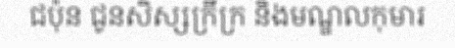
ជប៉ុន ជូនសិស្សក្រីក្រ និងមណ្ឌលកុមារ